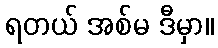
ရတယ် အစ်မ ဒီမှာ။